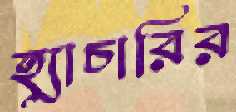
হ্যাচারির